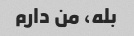
بله، من دارم